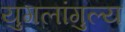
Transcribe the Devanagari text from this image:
युगलांगुल्य